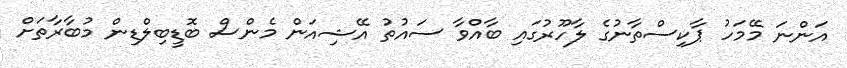
އަންނަ މޭމަހު ޕާކިސްތާނުގެ ލާހޫރުގައި ބާއްވާ ސައުތު އޭޝިއަން މެންސް ބޮޑީބިލްޑިން މުބާރާތަށް